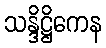
သန္ဒိဋ္ဌိကေန